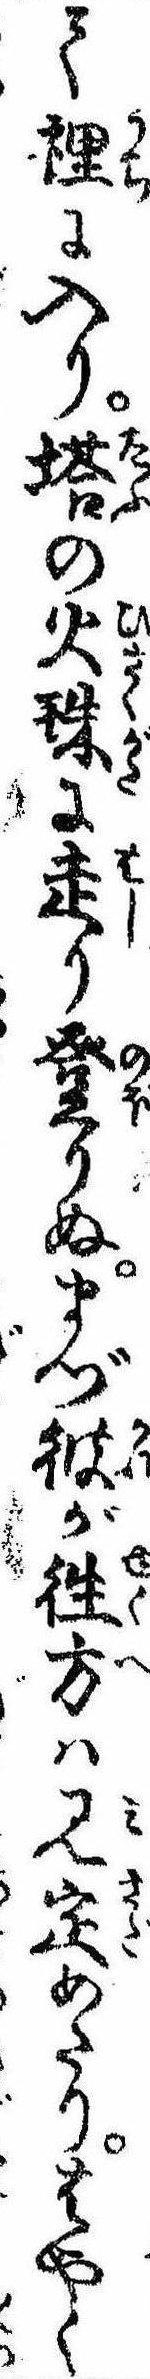
て裏に入り塔の火珠に走り登りぬまづ彼が往方は見定めたりはやく